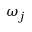
\omega _ { j }